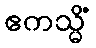
ဧကသ္မိံ